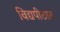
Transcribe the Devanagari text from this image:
विद्यपीठात